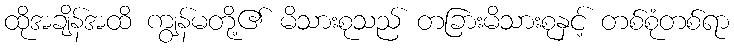
ထိုအချိန်အထိ ကျွန်မတို့၏ မိသားစုသည် တခြားမိသားစုနှင့် တစ်စုံတစ်ရာ